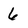
Character: 6